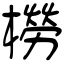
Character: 橯